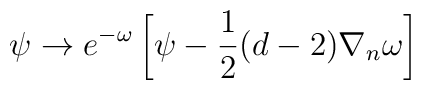
\psi\rightarrow e^{-\omega}\left[\psi-\frac{1}{2}(d-2)\nabla_{n}\omega\right]